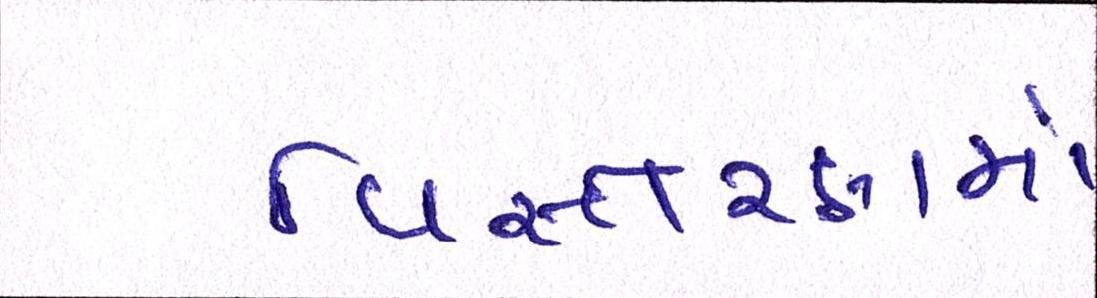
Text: વિસ્તરણમાં